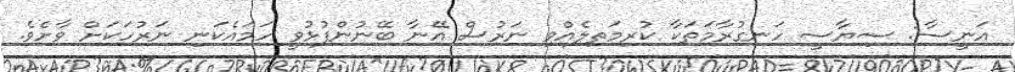
އަނީސާ: ސިޔާސީ ހަނގުރާމަތަކާ ކުރިމަތިލެއްވި ނަރުސް އޭނާ ބޭނުންފުޅުވީ ހަމައެކަނި ނަރުހަކަށް ވާށެވެ.